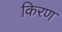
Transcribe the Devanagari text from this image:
किरण